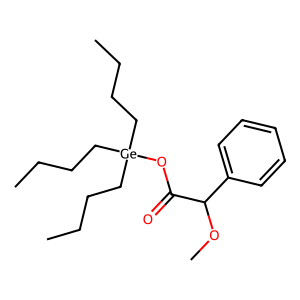
SMILES: CCCC[Ge](CCCC)(CCCC)OC(=O)C(OC)c1ccccc1
Inhibits HIV replication: No